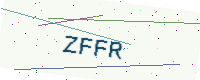
Text: ZFFR